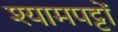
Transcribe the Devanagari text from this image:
श्यामपट्टों